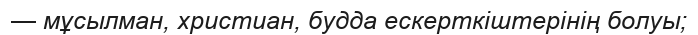
— мұсылман, христиан, будда ескерткіштерінің болуы;